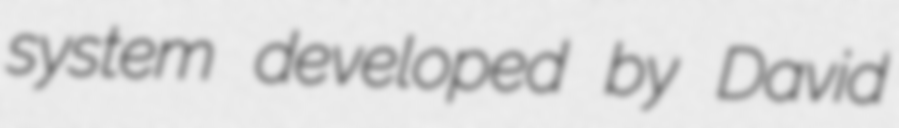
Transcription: system developed by David